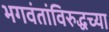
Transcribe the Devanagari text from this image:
भगवंतांविरुद्धच्या